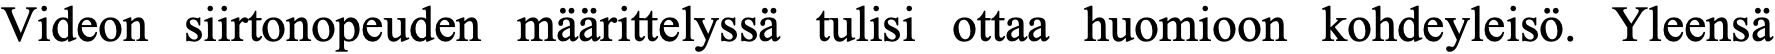
Videon siirtonopeuden määrittelyssä tulisi ottaa huomioon kohdeyleisö. Yleensä